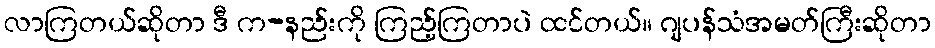
လာကြတယ်ဆိုတာ ဒီ က-နည်းကို ကြည့်ကြတာပဲ ထင်တယ်။ ဂျပန်သံအမတ်ကြီးဆိုတာ